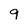
Character: 9